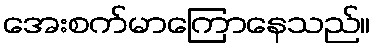
အေးစက်မာကြောနေသည်။